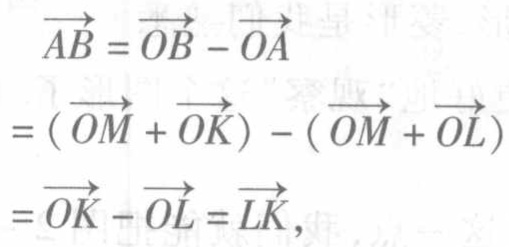
\[
\begin{align*}
\overrightarrow{AB}&=\overrightarrow{OB}-\overrightarrow{OA}\\
&=(\overrightarrow{OM}+\overrightarrow{OK})-(\overrightarrow{OM}+\overrightarrow{OL})\\
&=\overrightarrow{OK}-\overrightarrow{OL}=\overrightarrow{LK},
\end{align*}
\]